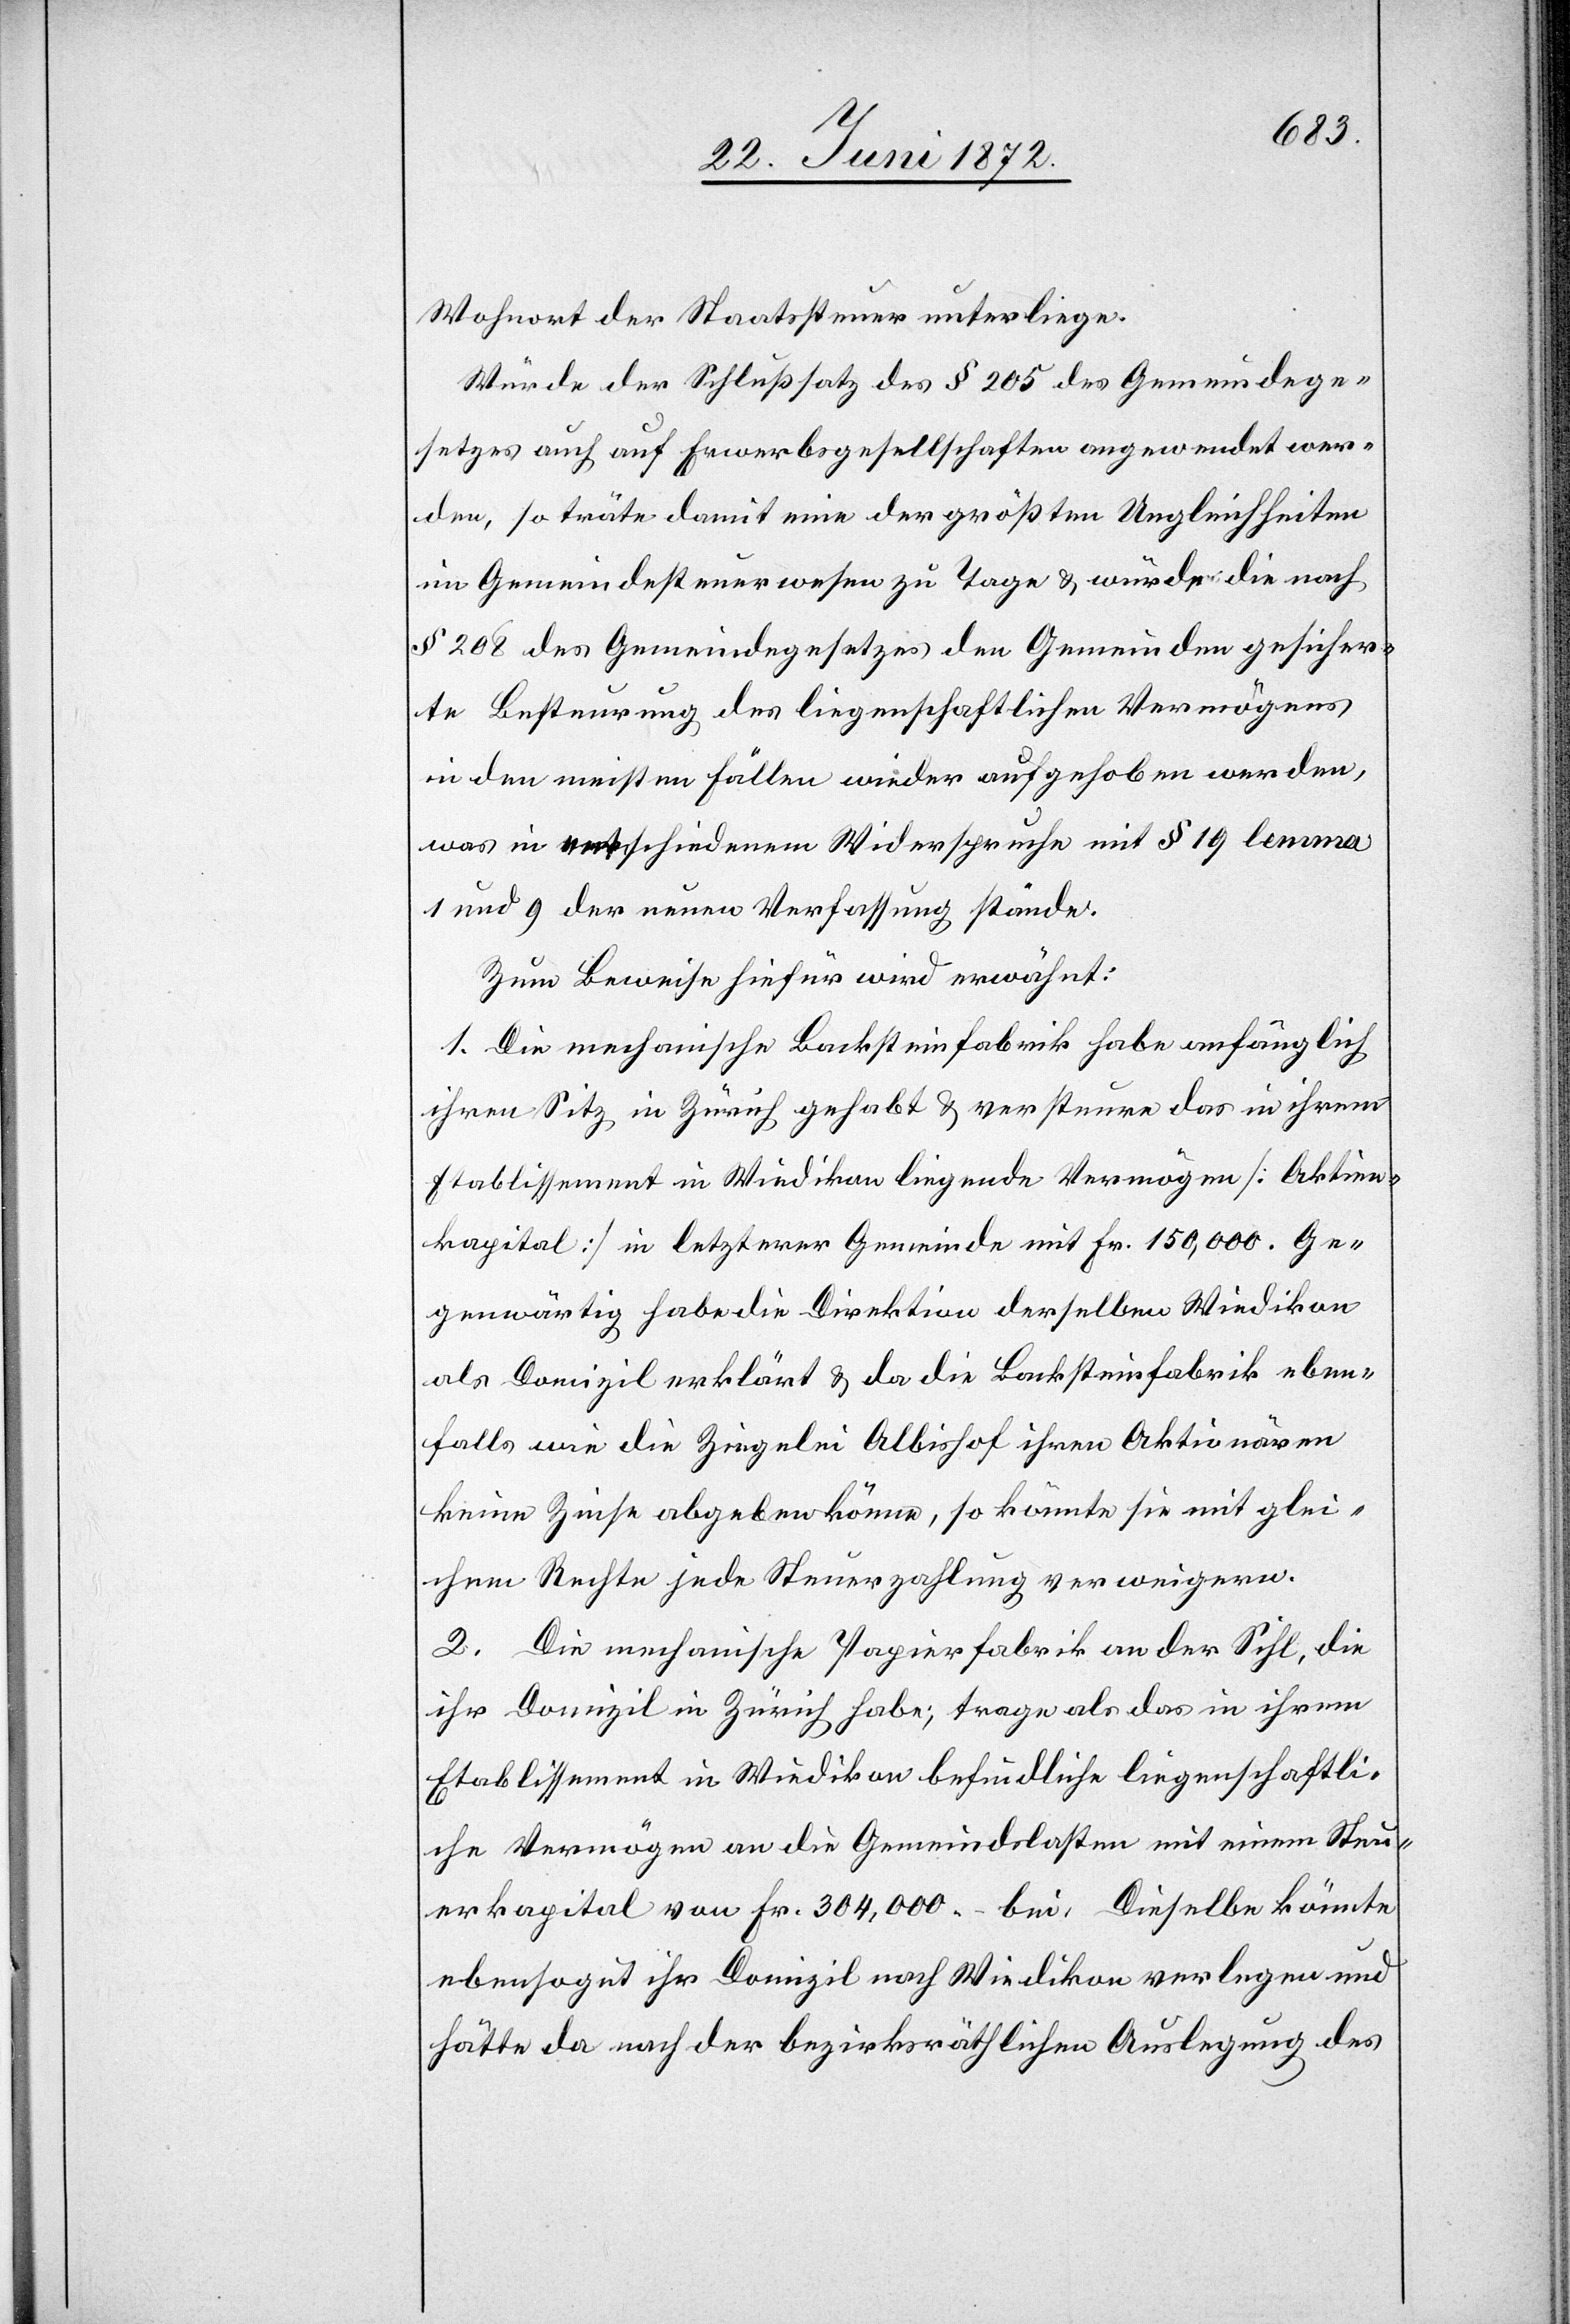
Wohnort der Staatssteuer unterliege.
Würde der Schlußsatz des § 205 des Gemeindege¬
setzes auch auf Erwerbsgesellschaften angewendet wer¬
den, so träte damit eine der größten Ungleichheiten
im Gemeindesteuerwesen zu Tage u. würde die nach
§ 208 des Gemeindegesetzes den Gemeinden gesicher¬
te Besteurung des liegenschaftlichen Vermögens
in den meisten Fällen wieder aufgehoben werden,
was in entschiedenem Widerspruche mit § 19 lemma
1 und 9 der neuen Verfassung stände.
Zum Beweise hiefür wird erwähnt:
1. Die mechanische Backsteinfabrik habe anfänglich
ihren Sitz in Zürich gehabt u. versteure das in ihrem
Etablissement in Wiedikon liegende Vermögen [Aktien¬
kapital] in letzterer Gemeinde mit Fr. 150,000. Ge¬
genwärtig habe die Direktion derselben Wiedikon
als Domizil erklärt u. da die Backsteinfabrik eben¬
falls wie die Ziegelei Albishof ihren Aktionären
keine Zinse abgeben könne, so könnte sie mit glei¬
chem Rechte jede Steuerzahlung verweigern.
2. Die mechanische Papierfabrik an der Sihl, die
ihr Domizil in Zürich habe; trage als das in ihrem
Etablissement in Wiedikon befindliche liegenschaftli¬
che Vermögen an die Gemeindslasten mit einem Steu¬
erkapital von Fr. 304,000.– bei. Dieselbe könnte
ebensogut ihr Domizil nach Wiedikon verlegen und
hätte da nach der bezirksräthlichen Auslegung des